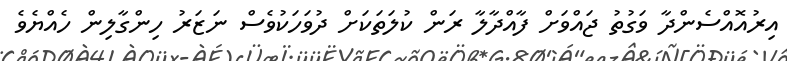
އިރުއޮއްސެންދާ ވަގުތު ޖައްވަށް ފާއްދާލާ ރަން ކުލަތަކަށް ދުވަހަކުވެސް ނަޒަރު ހިންގާލިން ހެއްޔެވެ